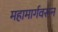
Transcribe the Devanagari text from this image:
महामार्गवरून